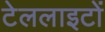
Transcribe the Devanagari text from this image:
टेललाइटों